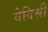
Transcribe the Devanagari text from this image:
वेदिश्री